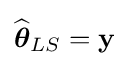
{\widehat {\boldsymbol {\theta }}}_{LS}={\mathbf {y} }